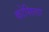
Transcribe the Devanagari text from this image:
कोसिला